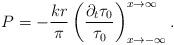
LaTeX: \begin{align*}P=-\frac{kr}{\pi }\left( \frac{\partial _{t}\tau_{0}}{ \tau_{0}}\right) _{x\rightarrow -\infty }^{x\rightarrow \infty }. \end{align*}